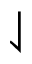
\downharpoonleft